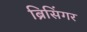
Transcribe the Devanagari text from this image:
ब्रिसिंगर